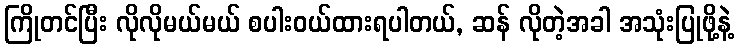
ကြိုတင်ပြီး လိုလိုမယ်မယ် စပါးဝယ်ထားရပါတယ်, ဆန် လိုတဲ့အခါ အသုံးပြုဖို့နဲ့